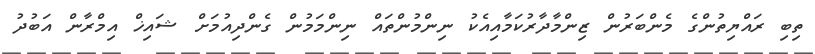
ތިބި ރައްޔިތުންގެ މެންބަރުން ޒިންމާދާރުކަމާއިއެކު ނިންމުންތައް ނިންމަމުން ގެންދިއުމަށް ޝައިޚް އިމްރާން އަބުދު